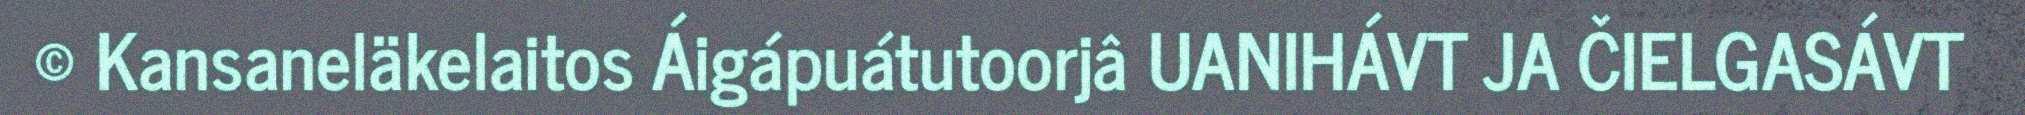
© Kansaneläkelaitos Áigápuátutoorjâ UANIHÁVT JA ČIELGASÁVT